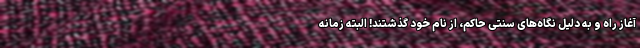
آغاز راه و به دلیل نگاه‌های سنتی حاکم، از نام خود گذشتند! البته زمانه